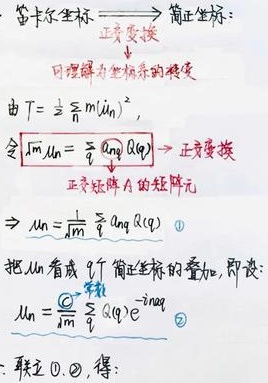
笛卡尔坐标 $\xrightarrow{正交变换}$ 简正坐标：可理解为坐标系的转变。由 \(T = \frac{1}{2}\sum_{n} m(\dot{u}_{n})^{2}\)，令 \(\sqrt{m} \dot{u}_{n}=\sum_{q} A_{nq} \dot{\alpha}(q)\) $\xrightarrow{正交变换}$ 正交矩阵 \(A\) 的矩阵元\(\Rightarrow u_{n}=\frac{1}{\sqrt{m}}\sum_{q} A_{nq} \alpha(q)\) \textcircled{1}

把 \(u_{n}\) 看成 \(q\) 个简正坐标的叠加，即设：\(u_{n}=\frac{C}{\sqrt{m}}\sum_{q} \alpha(q)e^{- i n \alpha q}\) \textcircled{2}

\(\therefore\) 联立\textcircled{1}, \textcircled{2}，得：